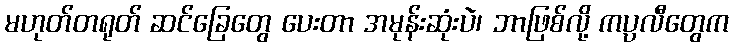
မဟုတ်တရုတ် ဆင်ခြေတွေ ပေးတာ အမုန်းဆုံးပဲ၊ ဘာဖြစ်လို့ ကပ္ပလီတွေက